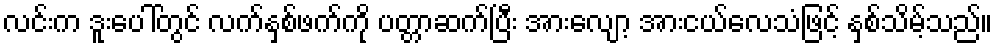
လင်းက ဒူးပေါ်တွင် လက်နှစ်ဖက်ကို ပတ္တာဆက်ပြီး အားလျော့ အားငယ်လေသံဖြင့် နှစ်သိမ့်သည်။